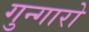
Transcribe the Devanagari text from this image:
गुन्गारो